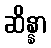
ဆိန္နာ